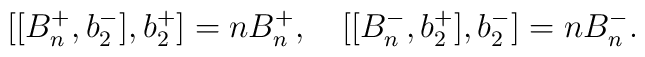
[[B_n^+,b_2^-],b_2^+]=nB_n^+,\quad   [[B_n^-,b_2^+],b_2^-]=nB_n^-.